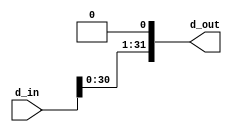

`timescale 1ns/1ns

module ShiftLeft1 (
    input [31:0] d_in,
    output [31:0] d_out 
);

    assign d_out = {d_in,1'b0};
endmodule